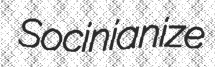
Socinianize